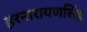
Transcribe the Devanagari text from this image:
हरनारायणसिंह